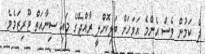
ދެ ކަމުން ވެސް އެންމެ އަވަހަށް ބަލިކޮށްލީ ރާއްޖޭގެ މައި ސިނާއަތް ޓޫރިޒަމެވެ.